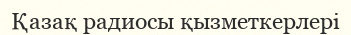
Қазақ радиосы қызметкерлері